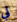
لي